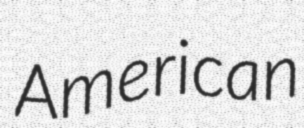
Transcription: American